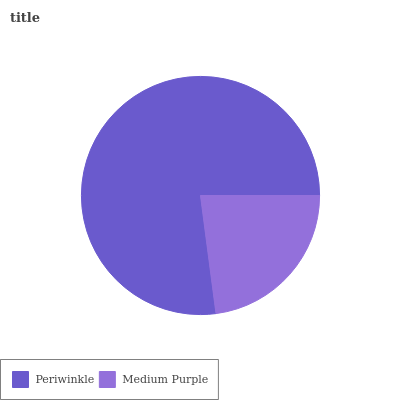
| Periwinkle | Medium Purple |
 | --- | --- |
 | 77.1% | 22.9% |